Annual report of the Imperial Bacteriologist
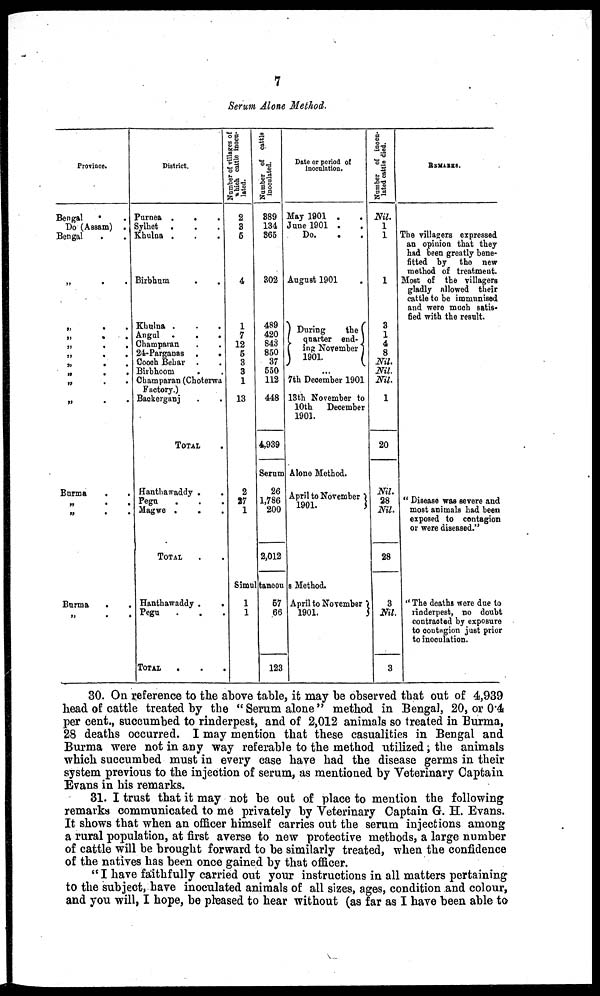
7
Serum Alone Method.
Province.
Bengal
. .
Do (Assam)
.
Bengal . .
„
.
.
„
.
.
„
.
.
„
.
.
„
.
.
„
.
.
„
.
.
„
.
.
„
.
.
Burma
.
.
„
.
.
„
.
.
Burma
.
.
„
.
.
District.
Purnea .
.
.
Sylhet . . .
Khulna .
.
.
Birbhum . .
Khulna . . .
Angul .
.
.
Champaran . .
24-Parganas .
.
Cooch Behar . .
Birbhoom
. .
Champaran (Choterwa
Factory.)
Backerganj
.
.
TOTAL
Hanthawaddy .
.
Pegu . . .
Magwe .
. .
TOTAL
Hanthawaddy .
.
Pegu . . .
TOTAL
. . .
Number of villages of
which cattle inocu-
lated.
2
3
5
4
1
7
12
5
3
3
1
13
2
27
1
Number of cattle
inoculated.
389
134
365
302
489
420
843
850
37
550
112
448
4,939
Serum
26
1,786
200
2,012
Date or period of
inoculation.
May 1901 . .
June 1901 . .
Do. . .
August 1901
During
the
quarter end- {
} ing November
1901.
...
7th December 1901
13th November to
10th December
1901.
Alone Method.
April to November }
1901.
Simutaneous
Method.
1
1
57
66
123
April to November }
1901.
Number of inocu-
lated cattle died.
Nil.
1
1
1
3
1
4
8
Nil.
Nil.
Nil.
1
20
Nil.
28
Nil.
28
3
Nil.
3
REMARKS.
The villagers expressed
an opinion that they
had been greatly bene-
fitted by the new
method of treatment.
Most of the villagers
gladly allowed their
cattle to be immunised
and were much satis-
fied with the result.
"Disease was severe and
most animals had been
exposed to contagion
or were diseased."
"The deaths were due to
rinderpest, no doubt
contracted by exposure
to contagion just prior
to inoculation.
30. On reference to the above table, it may be observed that out of 4,939
head of cattle treated by the "Serum alone" method in Bengal, 20, or 0.4
per cent., succumbed to rinderpest, and of 2,012 animals so treated in Burma,
28 deaths occurred. I may mention that these casualities in Bengal and
Burma were not in any way referable to the method utilized; the animals
which succumbed must in every case have had the disease germs in their
system previous to the injection of serum, as mentioned by Veterinary Captain
Evans in his remarks.
31. I trust that it may not be out of place to mention the following
remarks communicated to me privately by Veterinary Captain G. H. Evans.
It shows that when an officer himself carries out the serum injections among
a rural population, at first averse to new protective methods, a large number
of cattle will be brought forward to be similarly treated, when the confidence
of the natives has been once gained by that officer.
" I have faithfully carried out your instructions in all matters pertaining
to the subject, have inoculated animals of all sizes, ages, condition and colour,
and you will, I hope, be pleased to hear without (as far as I have been able to